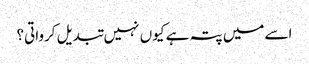
اسے میں پتہ ہے کیوں نہیں تبدیل کرواتی؟